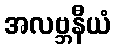
အလဗ္ဘနီယံ